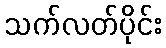
သက်လတ်ပိုင်း